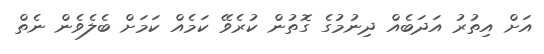
އަށް އިތުރު އަދަބެއް ދިނުމުގެ ގޮތުން ކުރެވޭ ކަމެއް ކަމަށް ބެލެވެން ނެތް